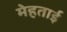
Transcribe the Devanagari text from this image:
मेहताई